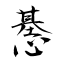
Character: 惎